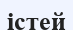
істей